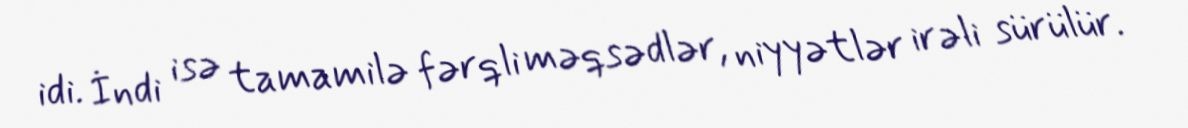
idi. İndi isə tamamilə fərqli məqsədlər, niyyətlər irəli sürülür.